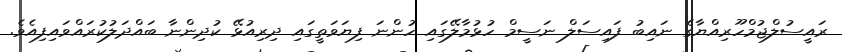
ރައީސުލްޖުމްހޫރިއްޔާގެ ނައިބު ފައިސަލް ނަސީމް ހުޅުމާލޭގައި ހުންނަ ފިޔަވަތީގައި ދިރިއުޅޭ ކުދިންނާ ބައްދަލުކުރައްވައިފިއެވެ.